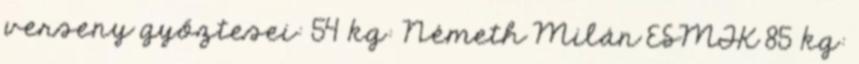
verseny győztesei: 54 kg: Németh Milán ESMTK 85 kg: